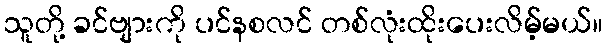
သူတို့ ခင်ဗျားကို ပင်နစလင် တစ်လုံးထိုးပေးလိမ့်မယ်။